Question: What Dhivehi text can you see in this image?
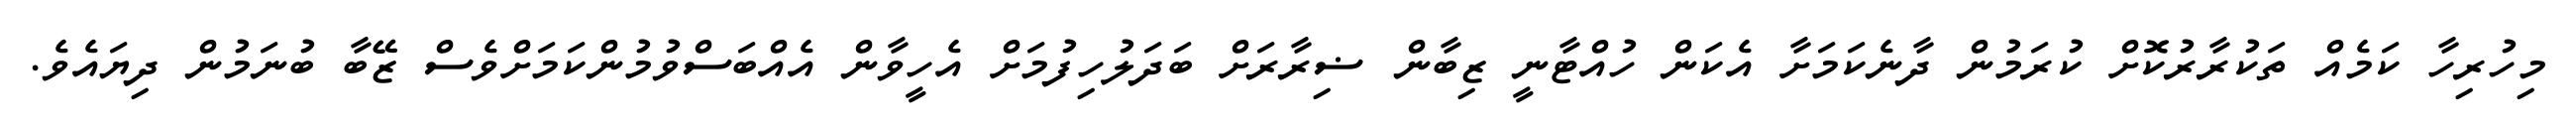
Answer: މިހުރިހާ ކަމެއް ތަކުރާރުކޮށް ކުރަމުން ދާނެކަމަށާ އެކަން ހުއްޓާނީ ޒިބާން ޟިރާރަށް ބަދަލުހިފުމަށް އެހީވާން އެއްބަސްވުމުންކަމަށްވެސް ޒޭބާ ބުނަމުން ދިޔައެވެ.